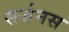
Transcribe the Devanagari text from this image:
सर्जनस